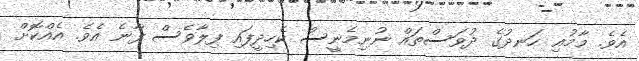
އެވެ. މާމުއި ހަނދުގެ ދުވަސްތައް ނުނިމެނީސް ކެހިދީފައި ފިލާވެސް ފާނެ އެވެ. އެއްކޮށް